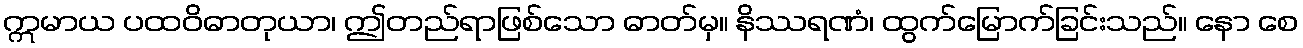
ဣမာယ ပထဝိဓာတုယာ၊ ဤတည်ရာဖြစ်သော ဓာတ်မှ။ နိဿရဏံ၊ ထွက်မြောက်ခြင်းသည်။ နော စေ